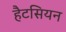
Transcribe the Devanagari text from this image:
हैटसियन